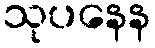
သုပနေန